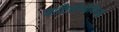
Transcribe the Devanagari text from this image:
जातिसंस्थेविरुद्ध